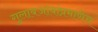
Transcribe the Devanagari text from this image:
गुलाबजांबांप्रमाणेच